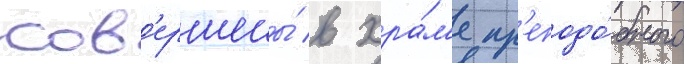
сов'ершены́ в хра́м'е пр'еподо́бного